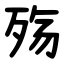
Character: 殇